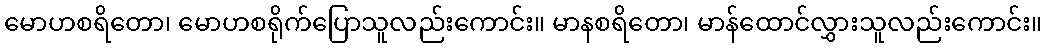
မောဟစရိတော၊ မောဟစရိုက်ပြောသူလည်းကောင်း။ မာနစရိတော၊ မာန်ထောင်လွှားသူလည်းကောင်း။